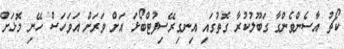
ކޯޗު އާސެންވެންގާ ގަބޫލުކުރާ ގޮތުގައި އިނގިރޭސިފުޓްބޯޅަ އަށް ވަރަށް އަވަހަސް ހޭނި މޮޅަށް